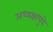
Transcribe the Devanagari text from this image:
अध्यक्षांपुढे